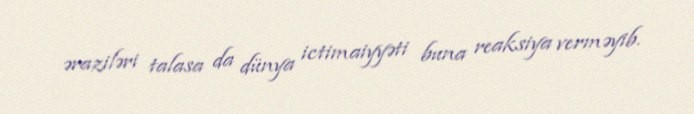
əraziləri talasa da dünya ictimaiyyəti buna reaksiya verməyib.